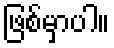
ဖြစ်မှာပါ။